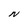
Character: N